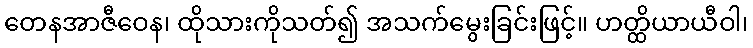
တေနအာဇီဝေန၊ ထိုသားကိုသတ်၍ အသက်မွေးခြင်းဖြင့်။ ဟတ္ထိယာယီဝါ၊